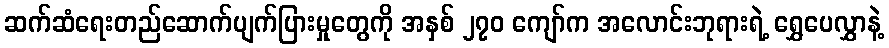
ဆက်ဆံရေးတည်ဆောက်ပျက်ပြားမှုတွေကို အနှစ် ၂၇၀ ကျော်က အလောင်းဘုရားရဲ့ ရွှေပေလွှာနဲ့